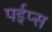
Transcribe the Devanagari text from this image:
पईप्स